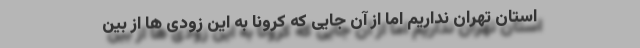
استان تهران نداریم اما از آن جایی که کرونا به این زودی ها از بین